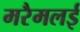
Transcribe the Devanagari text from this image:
मरैमलई